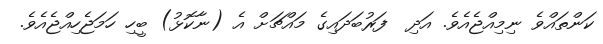
ކަންތައްވެ ނިމިއްޖެއެވެ. އަދި  ފަރުބަދައިގެ މައްޗަށް އެ (ނާކޮޅު) ބީހި ހަމަޖެހިއްޖެއެވެ.